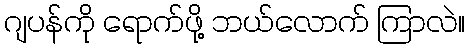
ဂျပန်ကို ရောက်ဖို့ ဘယ်လောက် ကြာလဲ။